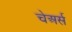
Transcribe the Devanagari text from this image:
चेअर्स